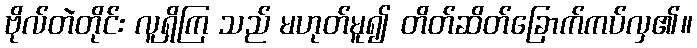
ဗိုလ်တဲတိုင်း လူရှိကြ သည် မဟုတ်မူ၍ တိတ်ဆိတ်ခြောက်ကပ်လှ၏။